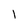
Character: l